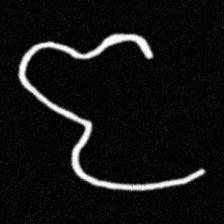
Pyu character \u2014 Myanmar letter: ဇ (romanized: ja)